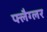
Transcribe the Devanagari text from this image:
फ्लैग्लर